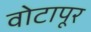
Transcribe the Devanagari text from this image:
वोटापूर